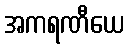
အကရဏီယေ